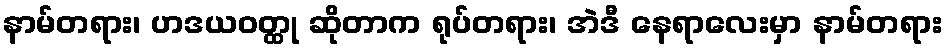
နာမ်တရား၊ ဟဒယဝတ္ထု ဆိုတာက ရုပ်တရား၊ အဲဒီ နေရာလေးမှာ နာမ်တရား